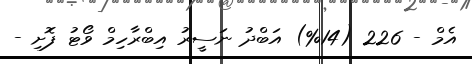
އެމް - 226 (14%) އަބްދު ނަސީރު އިބްރާހިމް ވޯޓު ފޮށި -